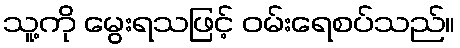
သူ့ကို မွေးရသဖြင့် ဝမ်းရေစပ်သည်။